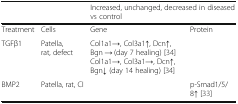
|  |  | <COLSPAN=2> Increased, unchanged, decreased in diseased vs control |
 | --- | --- | --- | --- |
 | Treatment | Cells | Gene | Protein |
 | TGFβ1 | Patella, rat, defect | Col1a1→, Col3a1↑, Dcn↑, Bgn → (day 7 healing) [34]Col1a1→, Col3a1→, Dcn↑, Bgn↓ (day 14 healing) [34] |  |
 | BMP2 | Patella, rat, CI |  | p-Smad1/5/8↑ [33] |